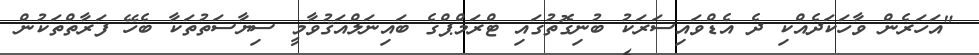
"އަހަރެން ވާހަކަދެއްކި ދެ އެޑްވައިސަރަކު ބުނިގޮތުގައި ޓްރަމްޕްގެ ބައިނަލްއަޤުވާމީ ސިޔާސަތުތަކާ ބެހޭ ފަރާތްތަކުން